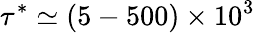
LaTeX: \tau^{*}\simeq(5-500)\times 10^{3}